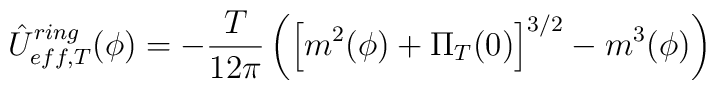
\hat U_{eff,T}^{ring}(\phi )=-\frac T{12\pi }\left( \left[ m^2(\phi )+\Pi_T(0)\right] ^{3/2}-m^3(\phi )\right)